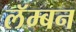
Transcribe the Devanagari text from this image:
लॅम्बन